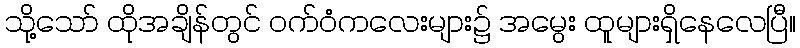
သို့သော် ထိုအချိန်တွင် ဝက်ဝံကလေးများ၌ အမွေး ထူများရှိနေလေပြီ။